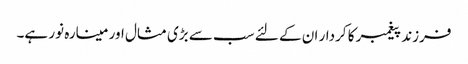
فرزند پیغمبر کا کردار ان کے لئے سب سے بڑی مثال اور مینارہ نور ہے۔